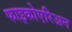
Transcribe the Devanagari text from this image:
फाइकोएरिअन